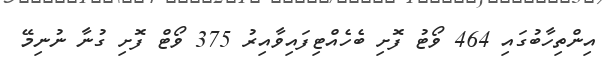
އިންތިހާބުގައި 464 ވޯޓު ފޮށި ބެހެއްޓިފައިވާއިރު 375 ވޯޓް ފޮށި ގުނާ ނުނިމޭ